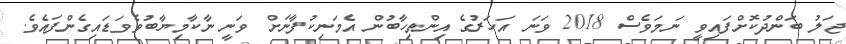
ޖަލު ބަންދުކޮށްފައިވީ ނަމަވެސް 2018 ވަނަ އަހަރުގެ އިންތިހާބުން އެމަނިކުފާނަށް ވަނީ ނާކާމިޔާބުވެވަޑައިގެންފައެވެ.